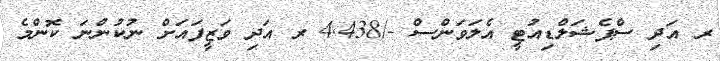
ރ އަދި ސްޕެޝަލްޑިއުޓީ އެލަވަންސް -/4